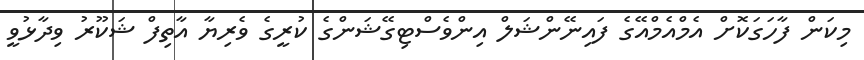
މިކަން ފާހަގަކޮށް އެމްއެމްއޭގެ ފައިނޭންޝަލް އިންވެސްޓިގޭޝަންގެ ކުރީގެ ވެރިޔާ އާތިފް ޝަކޫރު ވިދާޅުވީ